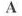
A